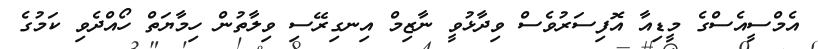
އެމްސީއެސްގެ މީޑިއާ އޮފިސަރުވެސް ވިދާޅުވީ ނާޒިމް އިނގިރޭސި ވިލާތުން ހިމާޔަތް ހޯއްދެވި ކަމުގެ